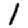
Digit: 1